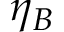
\eta _ { B }